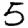
Digit: 5